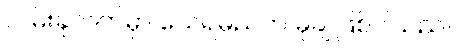
လမ်းခုလတ်မှာ သေရမည်က မုချ ဖြစ်ပါသည်။